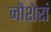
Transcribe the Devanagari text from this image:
नौशेरां